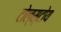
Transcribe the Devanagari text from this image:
टोल्स्टोय